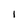
Character: 1